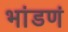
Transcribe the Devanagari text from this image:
भांडणं